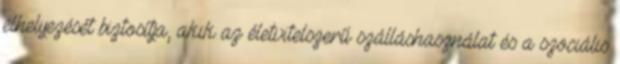
elhelyezését biztosítja, akik az életvitelszerű szálláshasználat és a szociális